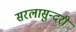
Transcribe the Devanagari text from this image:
सरलासुन्दरी